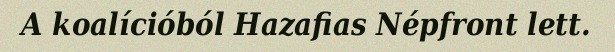
A koalícióból Hazafias Népfront lett.